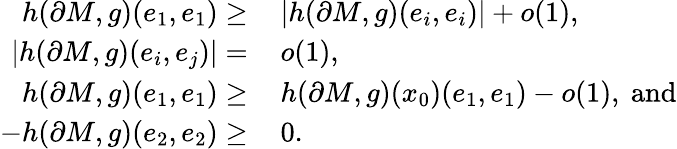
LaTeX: \begin{array}{rl}{h(\partial M,g)(e_{1},e_{1})\geq\, }&{|h(\partial M,g)(e_{i},e_{i})|+o(1),}\\ {|h(\partial M,g)(e_{i},e_{j})|=\, }&{o(1),}\\ {h(\partial M,g)(e_{1},e_{1})\geq\, }&{h(\partial M,g)(x_{0})(e_{1},e_{1})-o(1),\mathrm{~and}}\\ {-h(\partial M,g)(e_{2},e_{2})\geq\, }&{0.}\end{array}